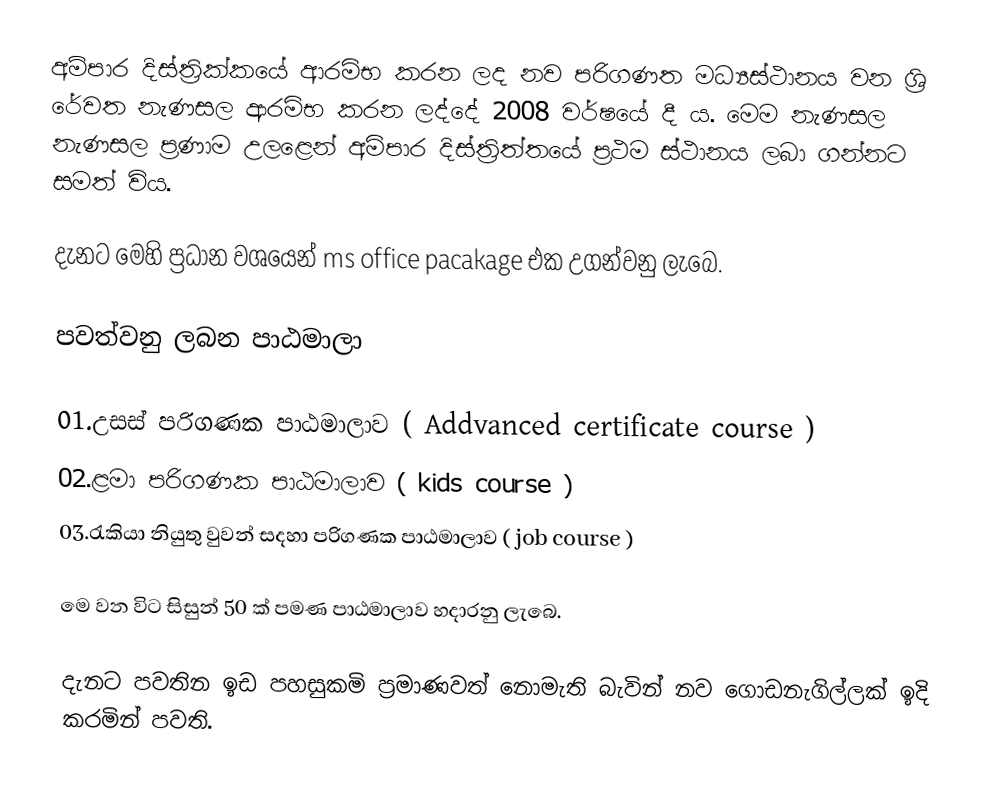
අම්පාර දිස්ත්‍රික්කයේ අ‍ාරමිභ කරන ලද නව පරිගණත මධ්‍යස්ථානය වන ශ්‍රි රේවත නැණසල ආරමිභ කරන ලද්දේ 2008 වර්ෂයේ දී ය. ‍මෙම නැණසල නැණසල ප්‍රණාම උලළෙන් අමිපාර දිස්ත්‍රිත්තයේ ප්‍රථම ස්ථානය ලබා ගන්නට සමත් විය.

දැනට මෙහි ප්‍රධාන වශයෙන් ms office pacakage එක උගන්වනු ලැබෙ.

 පවත්වනු ලබන පාඨමාලා

 01.උසස් පරිගණක පාඨමාලාව ( Addvanced certificate course )
 02.ළමා පරිගණක පාඨමාලාව  ( kids course )
 03.රැකියා නියුතු වුවන් සදහා පරිගණක පාඨමාලාව ( job course )

 මෙ වන විට සිසුන් 50 ක් පමණ පාඨමාලාව හදාරනු ලැබෙ.

 දැනට පවතින ඉඩ පහසුකමි ප්‍රමාණවත් නොමැති බැවින් නව ගොඩනැගිල්ලක් ඉදි කරමින් පවති.